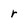
Character: r